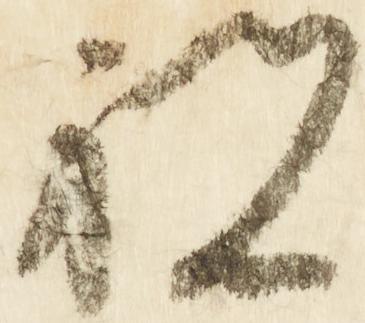
祝